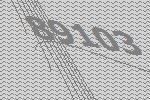
89103